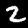
Label: 2